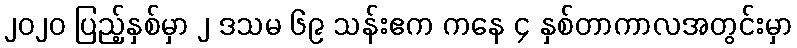
၂၀၂၀ ပြည့်နှစ်မှာ ၂ ဒသမ ၆၉ သန်းဧက ကနေ ၄ နှစ်တာကာလအတွင်းမှာ